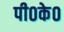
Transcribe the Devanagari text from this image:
पी०के०